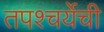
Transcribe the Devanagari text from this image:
तपश्चर्येची